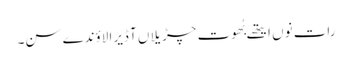
رات نوں ایتھے بُھوت چڑیلاں آ ڈیرا لاؤندے سن۔